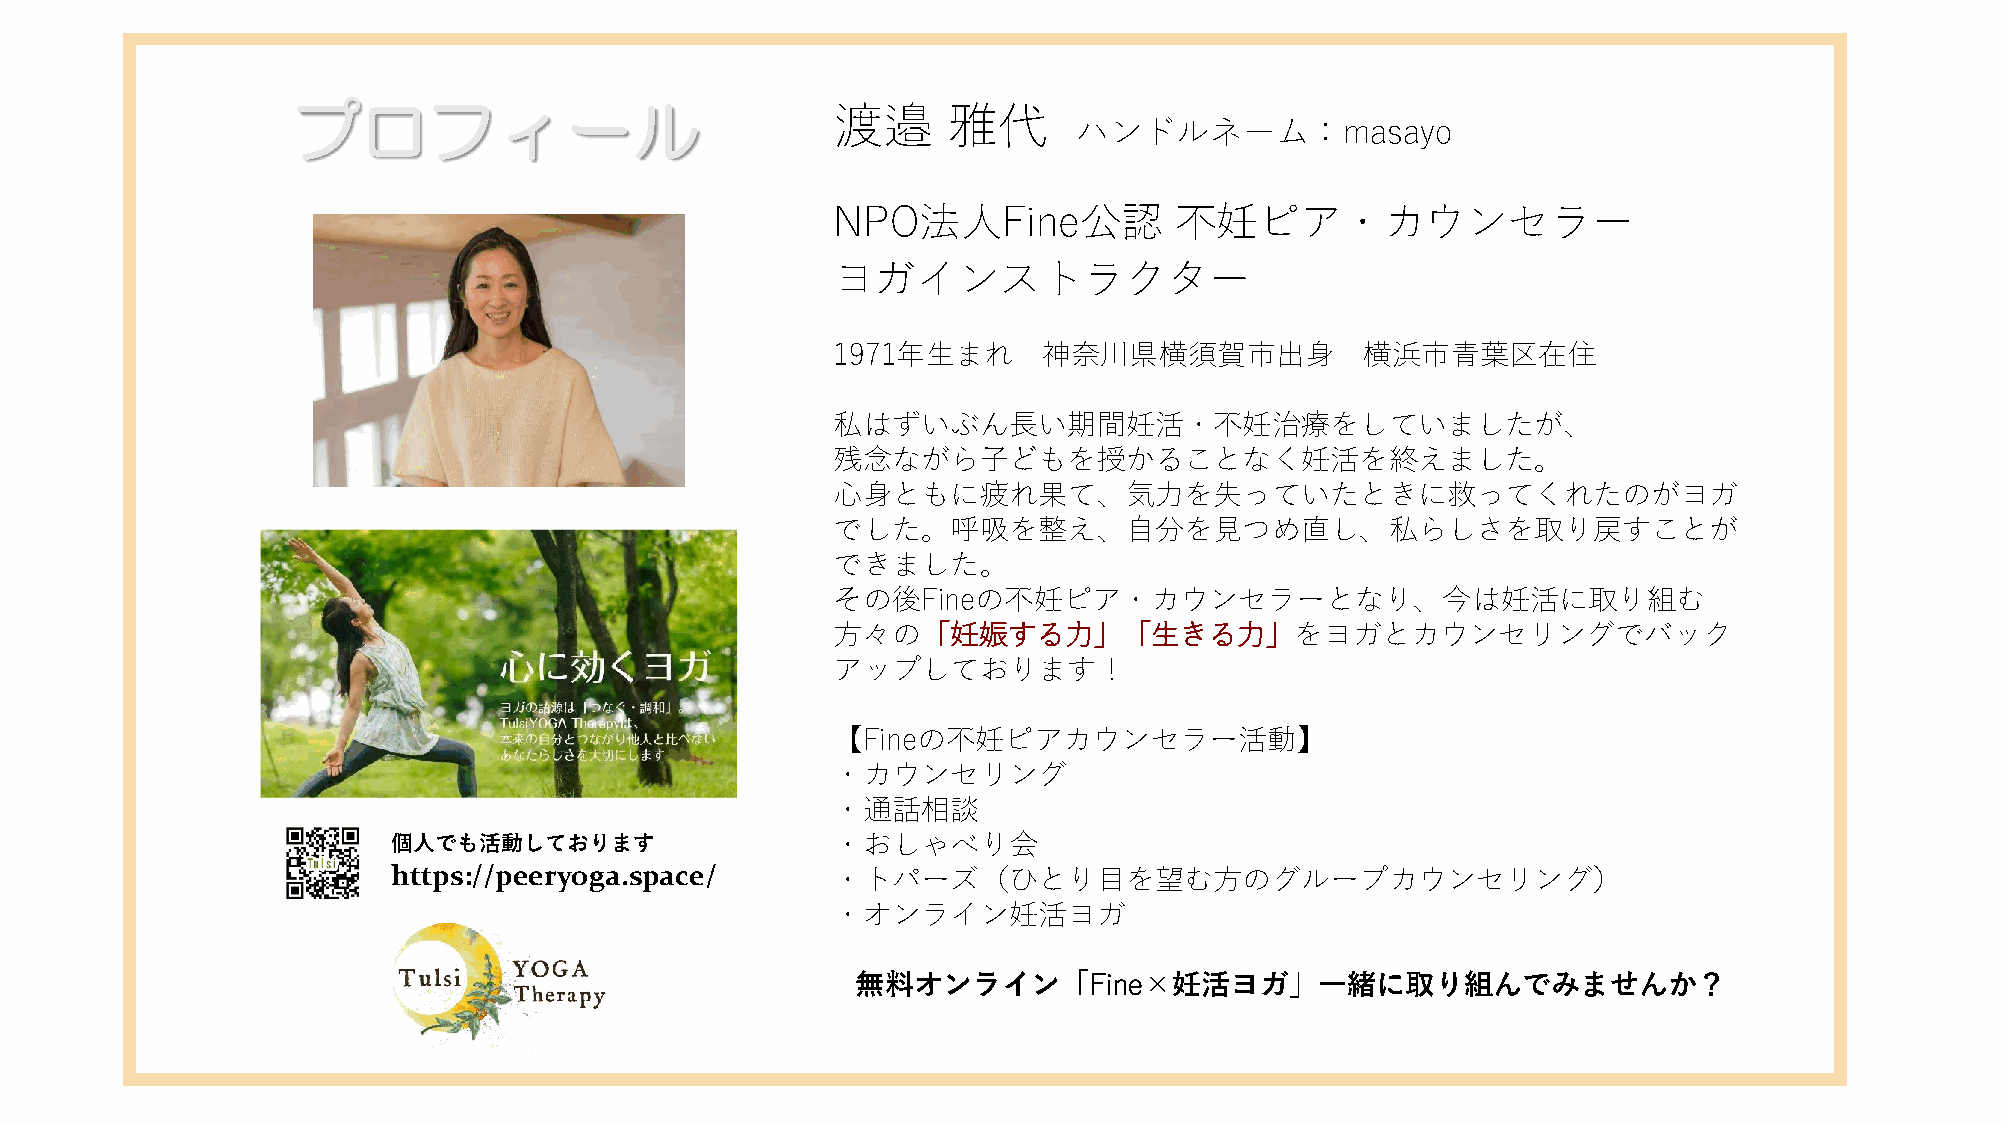
プロフィール                              渡邉      雅代
 ハンドルネーム：masayo
 NPO法人Fine公認            不妊ピア・カウンセラー
 ヨガインストラクター
 1971年生まれ      神奈川県横須賀市出身           横浜市青葉区在住
 私はずいぶん長い期間妊活・不妊治療をしていましたが、
 残念ながら子どもを授かることなく妊活を終えました。
 心身ともに疲れ果て、気力を失っていたときに救ってくれたのがヨガ
 でした。呼吸を整え、自分を見つめ直し、私らしさを取り戻すことが
 できました。
 その後Fineの不妊ピア・カウンセラーとなり、今は妊活に取り組む
 方々の「妊娠する力」「生きる力」をヨガとカウンセリングでバック
 アップしております！
 【Fineの不妊ピアカウンセラー活動】
 ・カウンセリング
 ・通話相談
 個人でも活動しております                 ・おしゃべり会
 https://peeryoga.space/      ・トパーズ（ひとり目を望む方のグループカウンセリング）
 ・オンライン妊活ヨガ
 無料オンライン「Fine×妊活ヨガ」一緒に取り組んでみませんか？